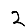
Digit: 2